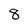
Character: 8